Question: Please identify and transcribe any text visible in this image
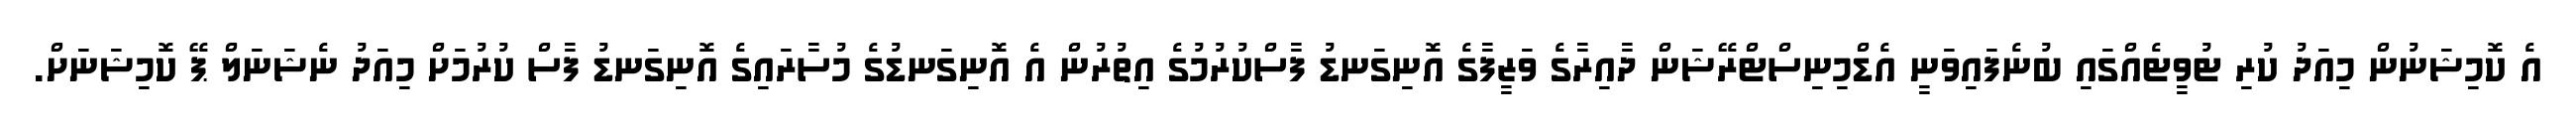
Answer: އެ ކޮމިޝަނުން މިއަދު ކުރި ޓުވީޓެއްގައި ބުނެފައިވަނީ އެޑްމިނިސްޓްރޭޝަން ދާއިރާގެ ވަޒީފާގެ އޮނިގަނޑު ފާސްކުރުމުގެ އިތުރުން އެ އޮނިގަނޑުގެ މުސާރައިގެ އޮނިގަނޑު ފާސް ކުރުމަށް މިއަދު ނެޝަނަލް ޕޭ ކޮމިޝަނަށް.